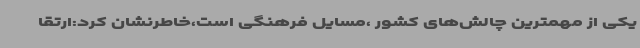
یکی از مهمترین چالش‌های کشور ،مسایل فرهنگی است،خاطرنشان کرد:ارتقا